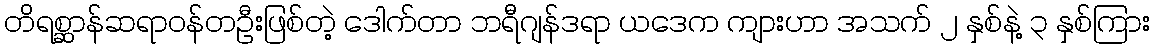
တိရစ္ဆာန်ဆရာဝန်တဦးဖြစ်တဲ့ ဒေါက်တာ ဘရီဂျန်ဒရာ ယဒေက ကျားဟာ အသက် ၂ နှစ်နဲ့ ၃ နှစ်ကြား